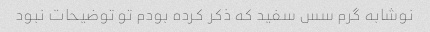
نوشابه گرم سس سفید که ذکر کرده بودم تو توضیحات نبود